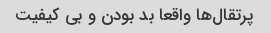
پرتقال‌ها واقعا بد بودن و بی کیفیت